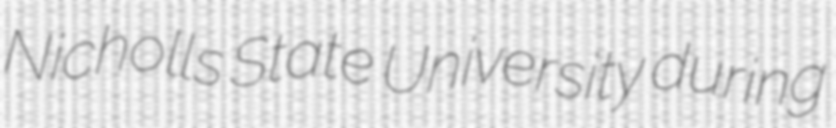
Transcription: Nicholls State University during